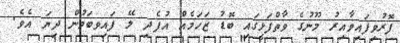
ފޮރުވިފައިވާއިރު މޫނުގެ ވާތްފަޅީގައި ބޮޑު ޒަހަމެއް އުފެދި ލޭ ފައިވބަމުން ދިޔަ އެވެ.